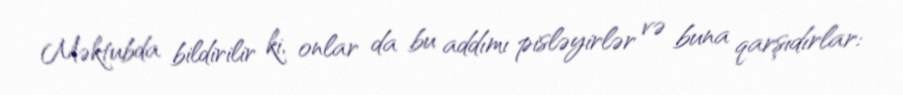
Məktubda bildirilir ki, onlar da bu addımı pisləyirlər və buna qarşıdırlar: